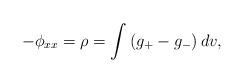
LaTeX: \begin{align*}-\phi_{xx}=\rho=\int\left( g_{+}-g_{-}\right) dv,\end{align*}